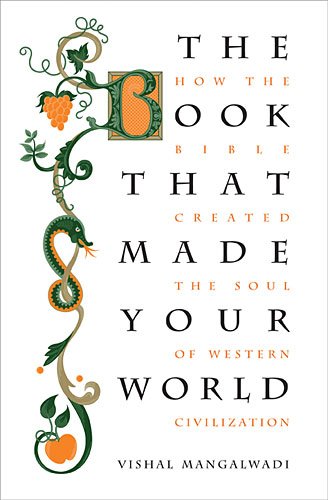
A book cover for The Book that Made Your World: How the Bible Created the Soul of Western Civilization; Vishal Mangalwadi; History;